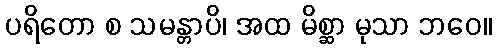
ပရိတော စ သမန္တာပိ၊ အထ မိစ္ဆာ မုသာ ဘဝေ။